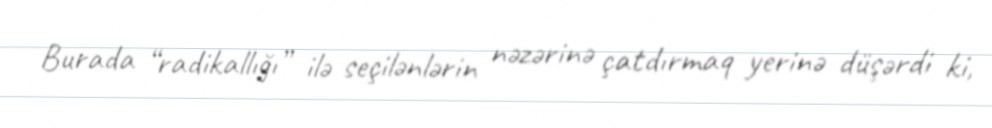
Burada “radikallığı” ilə seçilənlərin nəzərinə çatdırmaq yerinə düşərdi ki,